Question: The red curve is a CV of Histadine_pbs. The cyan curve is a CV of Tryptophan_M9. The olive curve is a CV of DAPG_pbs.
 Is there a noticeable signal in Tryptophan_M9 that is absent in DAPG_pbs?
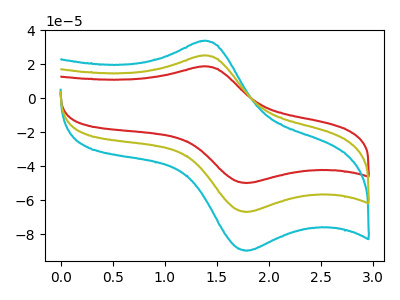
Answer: <think>The red curve "Histadine_pbs" has an anodic peak at (1.35V, 18.75uA) and a cathodic peak at (1.80V, -49.90uA). The cyan curve "Tryptophan_M9" has an anodic peak at (1.35V, 50.35uA) and a cathodic peak at (1.80V, -133.90uA). The olive curve "DAPG_pbs" has an anodic peak at (1.35V, 25.20uA) and a cathodic peak at (1.80V, -66.95uA).
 All the peaks in "Tryptophan_M9" have a peak in "DAPG_pbs" at the same potential. Every peak in "Tryptophan_M9" is higher than every peak in "DAPG_pbs".</think>
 <answer>No, "Tryptophan_M9" and "DAPG_pbs" don't appear to be significantly different in shape</answer>
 <eval>no_change</eval>